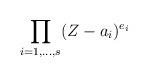
LaTeX: \begin{align*}\prod_{i=1,\ldots, s}(Z - a_i)^{e_i}\end{align*}